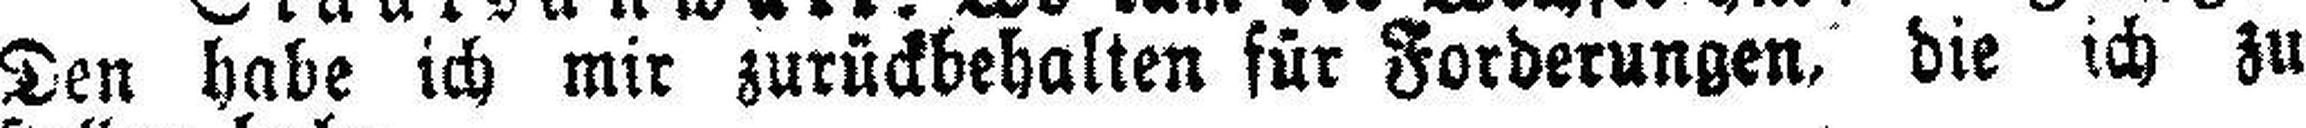
Den habe ich mir zurückbehalten für Forderungen, die ich zu